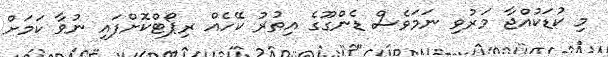
މި ކުޑަކުއްޖާ މަރުވި ނަމަވެސް ޑެންގޫގެ އިތުރު ކޭހެއް ރިޕޯޓްކޮށްފައި ނުވާ ކަމަށް